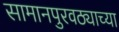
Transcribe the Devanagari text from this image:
सामानपुरवठ्याच्या